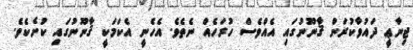
ޖިނާޢީ ދައުވާކުރަން ޤާނޫނުގައި އެއްވެސް ހުރަހެއް ނެތެވެ. އެހެނީ އެކަމަކީ ޤާނޫނުގައި ކުށެކެވެ.